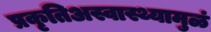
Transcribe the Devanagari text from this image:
प्रकृतिअस्वास्थ्यामुळं